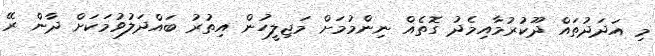
މި އަދަދުތައް ދޫކުރުމާއިމެދު ގޮތެއް ނިންމުމަށް މަޖިލީހުން އިތުރު ބައްދަލުވުމަކަށް ދާން ރޭ